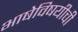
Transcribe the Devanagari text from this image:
भाषेविषयीची